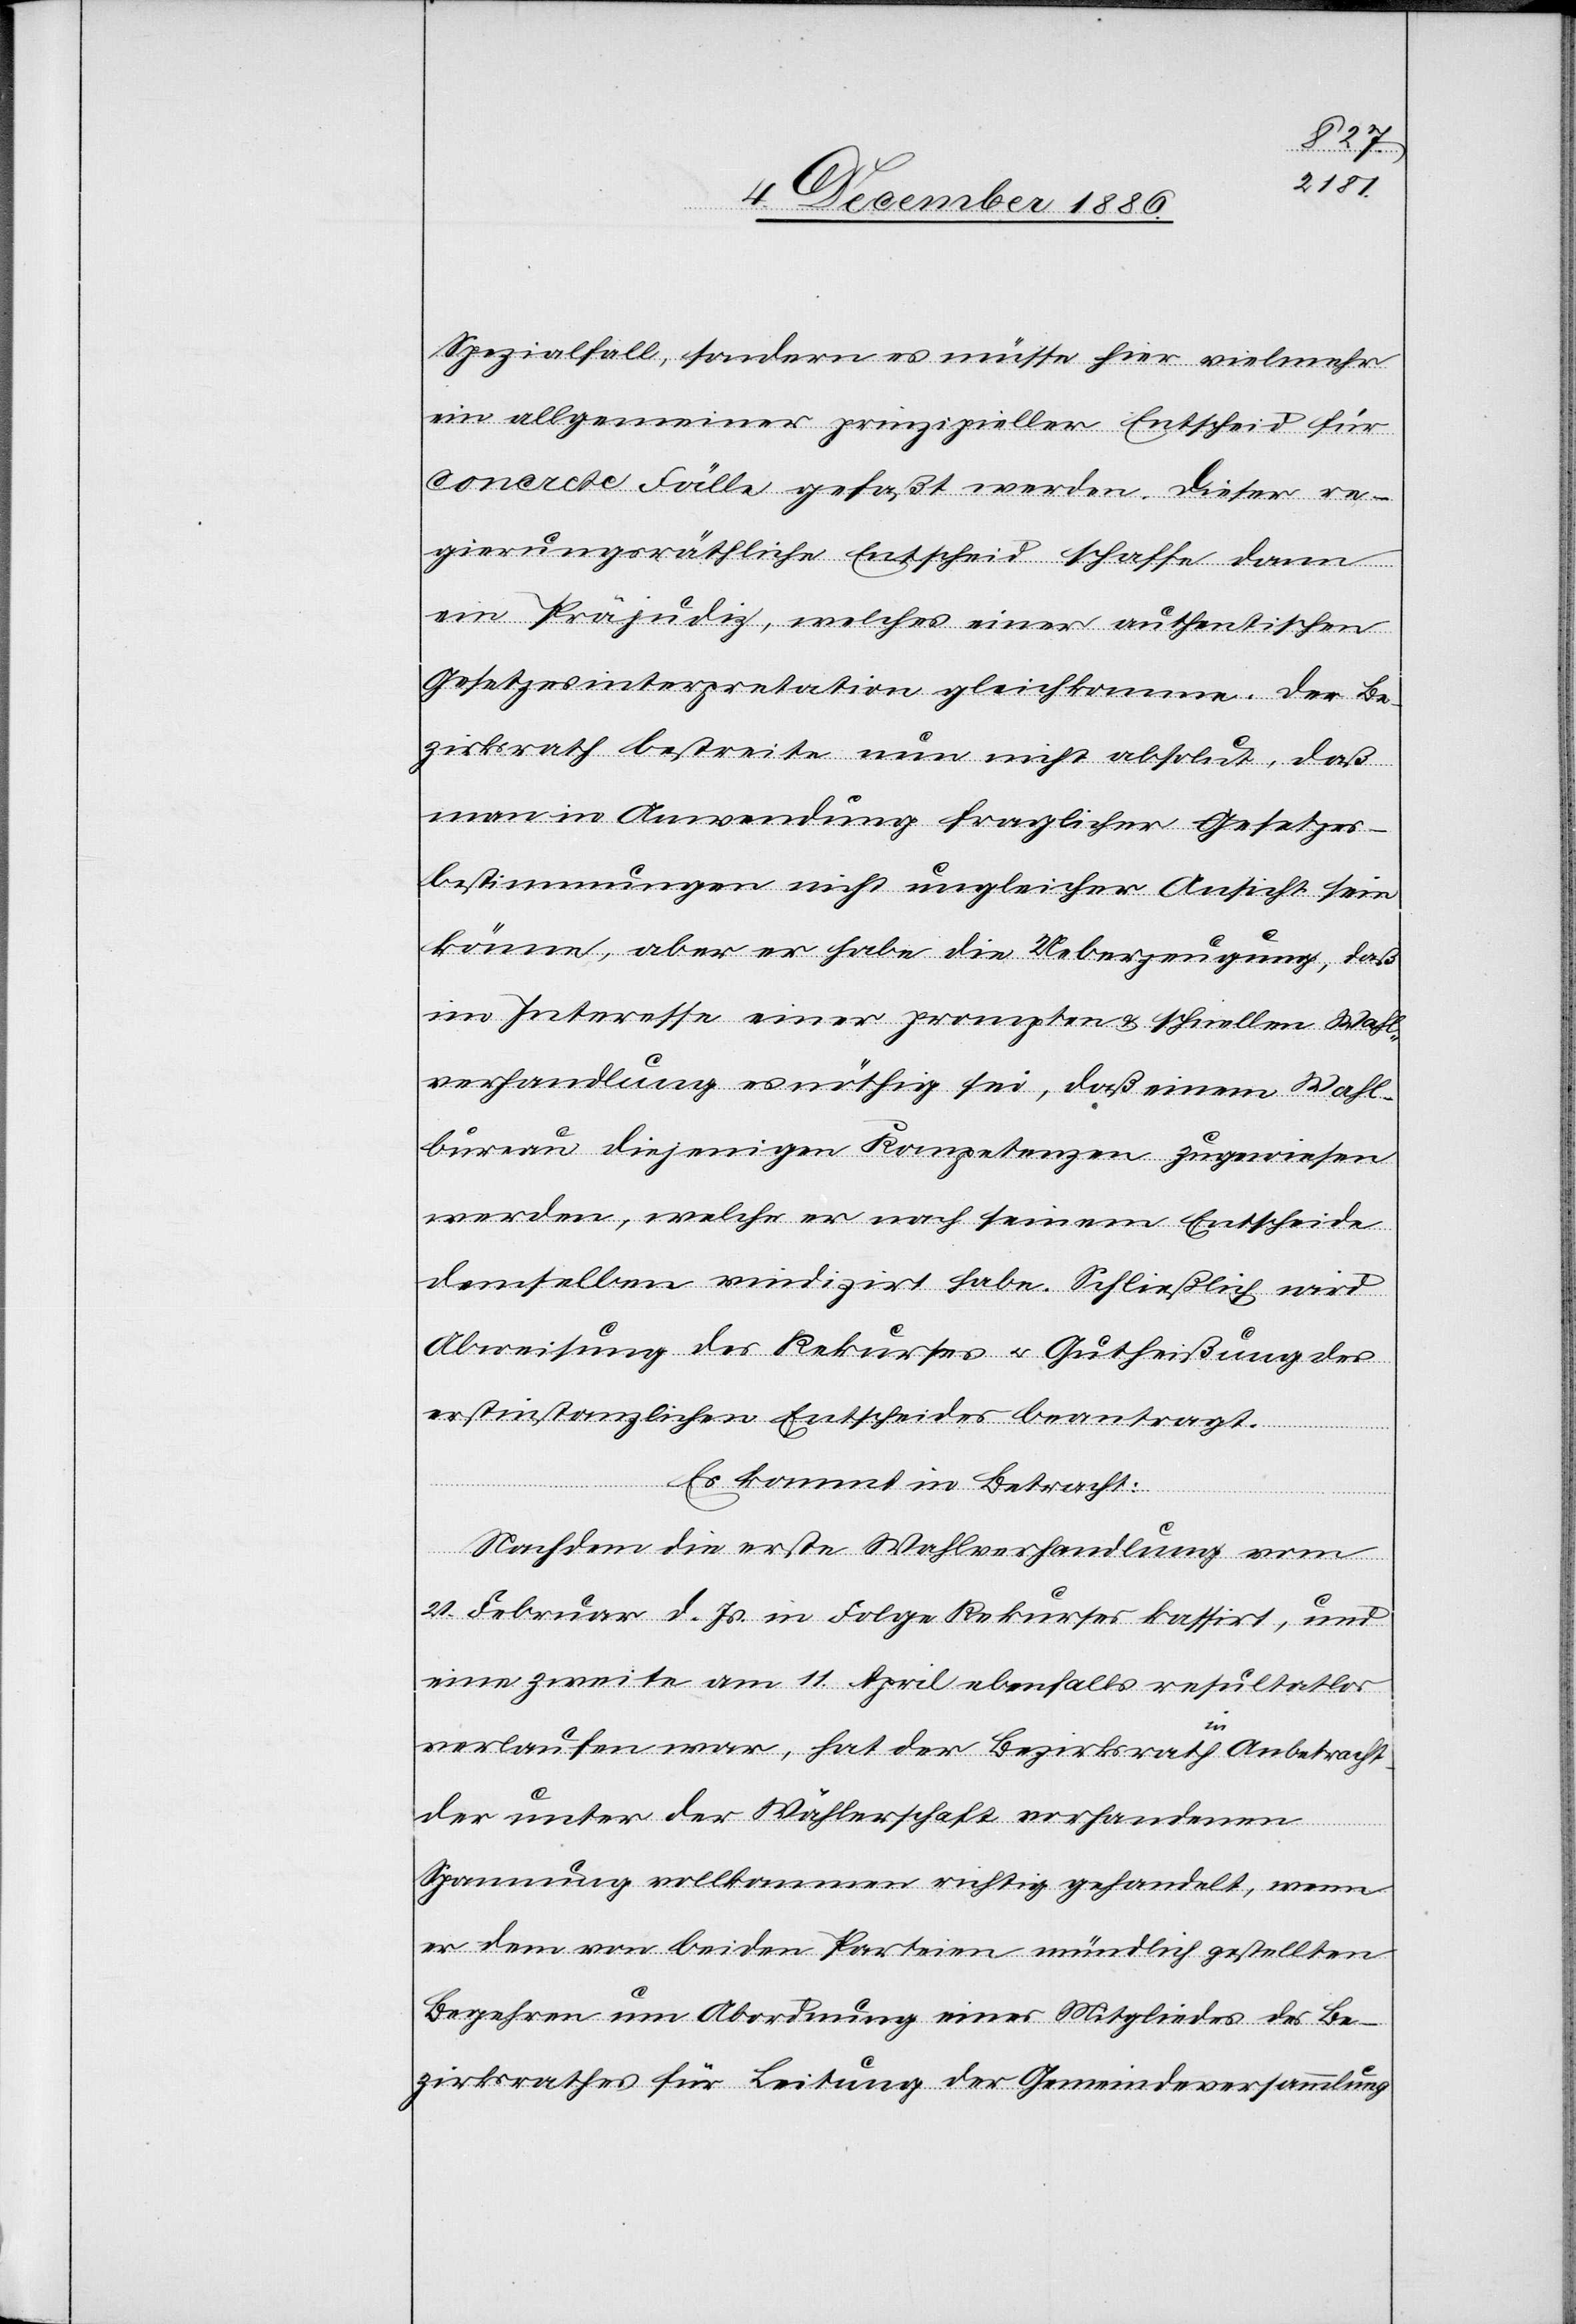
Spezialfall, sondern es müsse hier vielmehr
ein allgemeiner prinzipieller Entscheid für
concrete Fälle gefaßt werden. Dieser re¬
gierungsräthliche Entscheid schaffe dann
ein Präjudiz, welches einer authentischen
Gesetzesinterpretation gleichkomme. Der Be¬
zirksrath bestreite nun nicht absolut, daß
man in Anwendung fraglicher Gesetzes¬
bestimmungen nicht ungleicher Ansicht sein
könne, aber er habe die Ueberzeugung, daß
im Interesse einer prompten & schnellen Wahl¬
verhandlung es nöthig sei, daß einem Wahl¬
bureau diejenigen Kompetenzen zugewiesen
werden, welche er nach seinem Entscheide
demselben vindizirt habe. Schließlich wird
Abweisung des Rekurses & Gutheißung des
erstinstanzlichen Entscheides beantragt.
Es kommt in Betracht:
Nachdem die erste Wahlverhandlung vom
21. Februar d. Js. in Folge Rekurses kassirt, und
eine zweite am 11. April ebenfalls resultatlos
verlaufen war, hat der Bezirksrath in Anbetracht
der unter der Wählerschaft vorhandenen
Spannung vollkommen richtig gehandelt, wenn
er dem von beiden Parteien mündlich gestellten
Begehren um Abordnung eines Mitgliedes des Be¬
zirksrathes für Leitung der Gemeindeversammlung